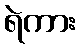
ရဲကား